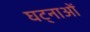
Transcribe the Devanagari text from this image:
घट्नाओं